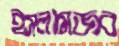
ইসলামজব